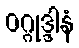
ဝဂ္ဂုဒ္ဒါနံ